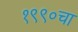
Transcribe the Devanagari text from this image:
१९९०चा